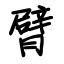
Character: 臂